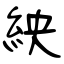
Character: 紻